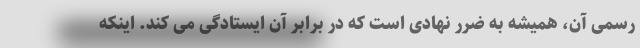
رسمی آن، همیشه به ضرر نهادی است که در برابر آن ایستادگی می کند. اینکه